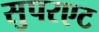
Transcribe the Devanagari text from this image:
सुपरएट